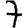
Digit: 7